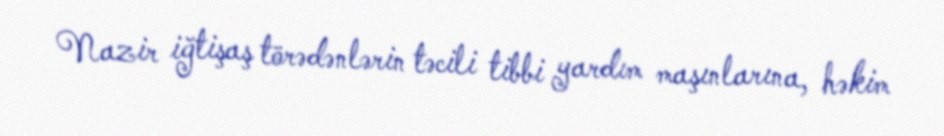
Nazir iğtişaş törədənlərin təcili tibbi yardım maşınlarına, həkim